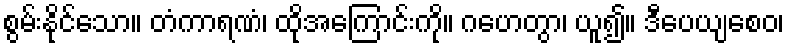
စွမ်းနိုင်သော။ တံကာရဏံ၊ ထိုအကြောင်းကို။ ဂဟေတွာ၊ ယူ၍။ ဒီပေယျစေဝ၊